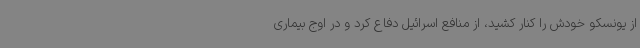
از یونسکو خودش را کنار کشید، از منافع اسرائیل دفاع کرد و در اوج بیماری